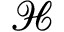
\mathcal { H }